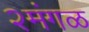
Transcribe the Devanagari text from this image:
२मंगळ